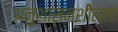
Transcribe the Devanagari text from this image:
अनुशासनशीलता